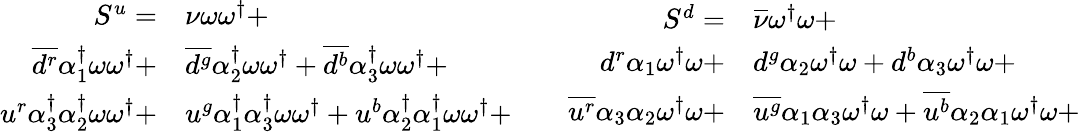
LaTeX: \begin{array}{rl}{S^{u}=}&{{}{\nu}\omega\omega^{\dagger}+}\\ {\overline{{d^{r}}}{\alpha_{1}^{\dagger}}\omega\omega^{\dagger}+}&{{}\overline{{d^{g}}}{\alpha_{2}^{\dagger}}\omega\omega^{\dagger}+\overline{{d^{b}}}{\alpha_{3}^{\dagger}}\omega\omega^{\dagger}+}\\ {u^{r}{\alpha_{3}^{\dagger}}{\alpha_{2}^{\dagger}}\omega\omega^{\dagger}+}&{{}u^{g}{\alpha_{1}^{\dagger}}{\alpha_{3}^{\dagger}}\omega\omega^{\dagger}+u^{b}{\alpha_{2}^{\dagger}}{\alpha_{1}^{\dagger}}\omega\omega^{\dagger}+}\end{array}\qquad\begin{array}{rl}{S^{d}=}&{{}{\overline{{\nu}}}\omega^{\dagger}\omega+}\\ {{d}^{r}{\alpha_{1}}\omega^{\dagger}\omega+}&{{}{d}^{g}{\alpha_{2}}\omega^{\dagger}\omega+{d}^{b}{\alpha_{3}}\omega^{\dagger}\omega+}\\ {\overline{{u^{r}}}{\alpha_{3}}{\alpha_{2}}\omega^{\dagger}\omega+}&{{}\overline{{u^{g}}}{\alpha_{1}}{\alpha_{3}}\omega^{\dagger}\omega+\overline{{u^{b}}}{\alpha_{2}}{\alpha_{1}}\omega^{\dagger}\omega+}\end{array}